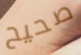
صحيح